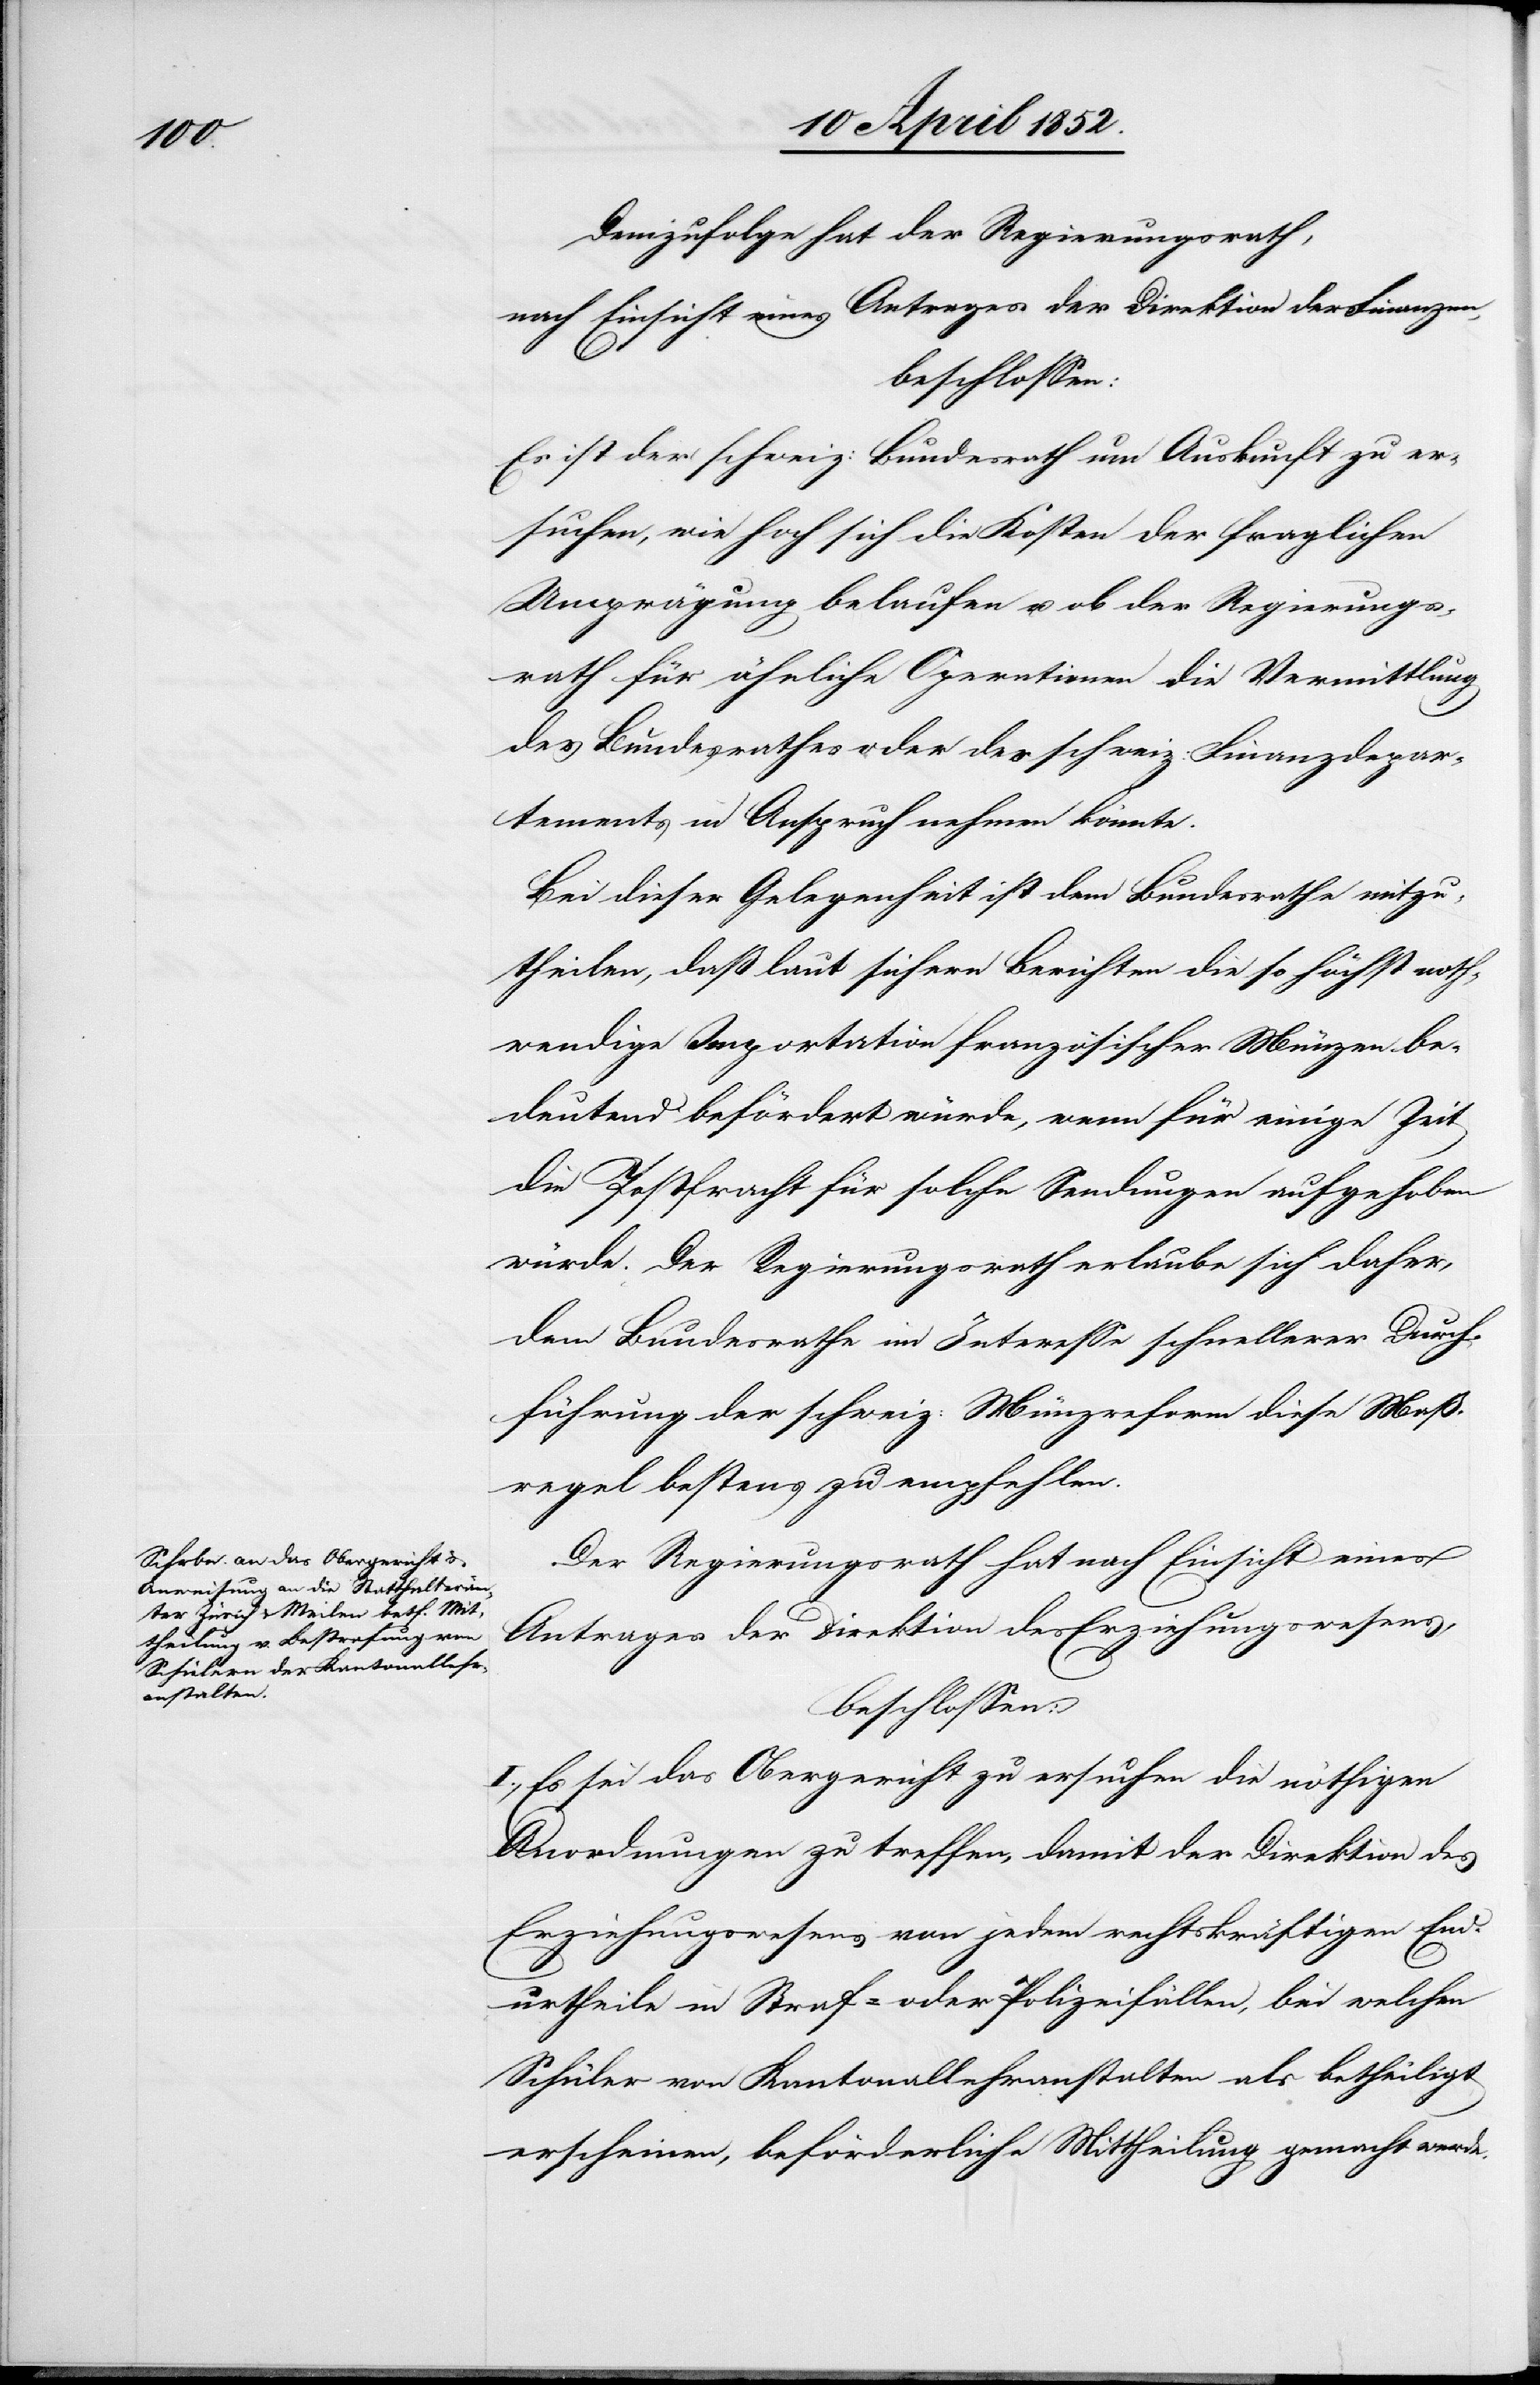
Demzufolge hat der Regierungsrath,
nach Einsicht eines Antrages der Direktion der Finanzen,
beschlossen:
Es ist der schweiz: Bundesrath um Auskunft zu er¬
suchen, wie hoch sich die Kosten der fraglichen
Umprägung belaufen u. ob der Regierungs¬
rath für ähnliche Operationen die Vermittlung
des Bundesrathes oder des schweiz: Finanzdepar¬
tements in Anspruch nehmen könnte.
Bei dieser Gelegenheit ist dem Bundesrathe mitzu¬
theilen, daß laut sichern Berichten die so höchst noth¬
wendige Importation französischer Münzen be¬
deutend befördert würde, wenn für einige Zeit
die Postfracht für solche Sendungen aufgehoben
würde. Der Regierungsrath erlaube sich daher,
dem Bundesrathe im Interesse schnellerer Durch¬
führung der schweiz: Münzreform diese Maß¬
regel bestens zu empfehlen.
Der Regierungsrath hat nach Einsicht eines
Antrages der Direktion des Erziehungswesens,
beschlossen:
I., Es sei das Obergericht zu ersuchen die nöthigen
Anordnungen zu treffen, damit der Direktion des
Erziehungswesens von jedem rechtskräftigen End¬
urtheile in Straf- oder Polizeifällen, bei welchen
Schüler von Kantonallehranstalten als betheiligt
erscheinen, beförderliche Mittheilung gemacht werde.